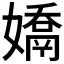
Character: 𭒤